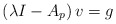
\begin{align*} \left(\lambda I-A_p\right)v = g \end{align*}